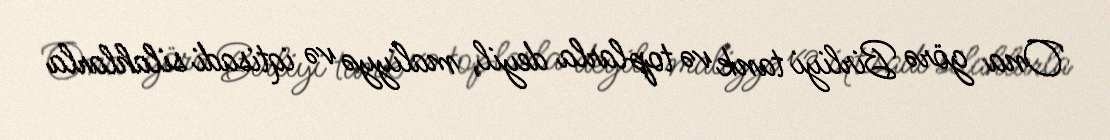
Ona görə Birliyi tank və toplarla deyil, maliyyə və iqtisadi silahlarla